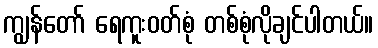
ကျွန်တော် ရေကူးဝတ်စုံ တစ်စုံလိုချင်ပါတယ်။